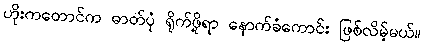
ဟိုးကတောင်က ဓာတ်ပုံ ရိုက်ဖို့ရာ နောက်ခံကောင်း ဖြစ်လိမ့်မယ်။